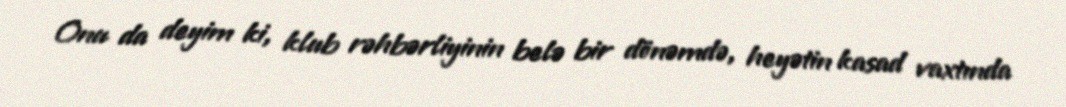
Onu da deyim ki, klub rəhbərliyinin belə bir dönəmdə, heyətin kasad vaxtında